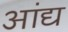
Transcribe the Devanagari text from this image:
आंद्य